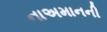
નાઅમાનની